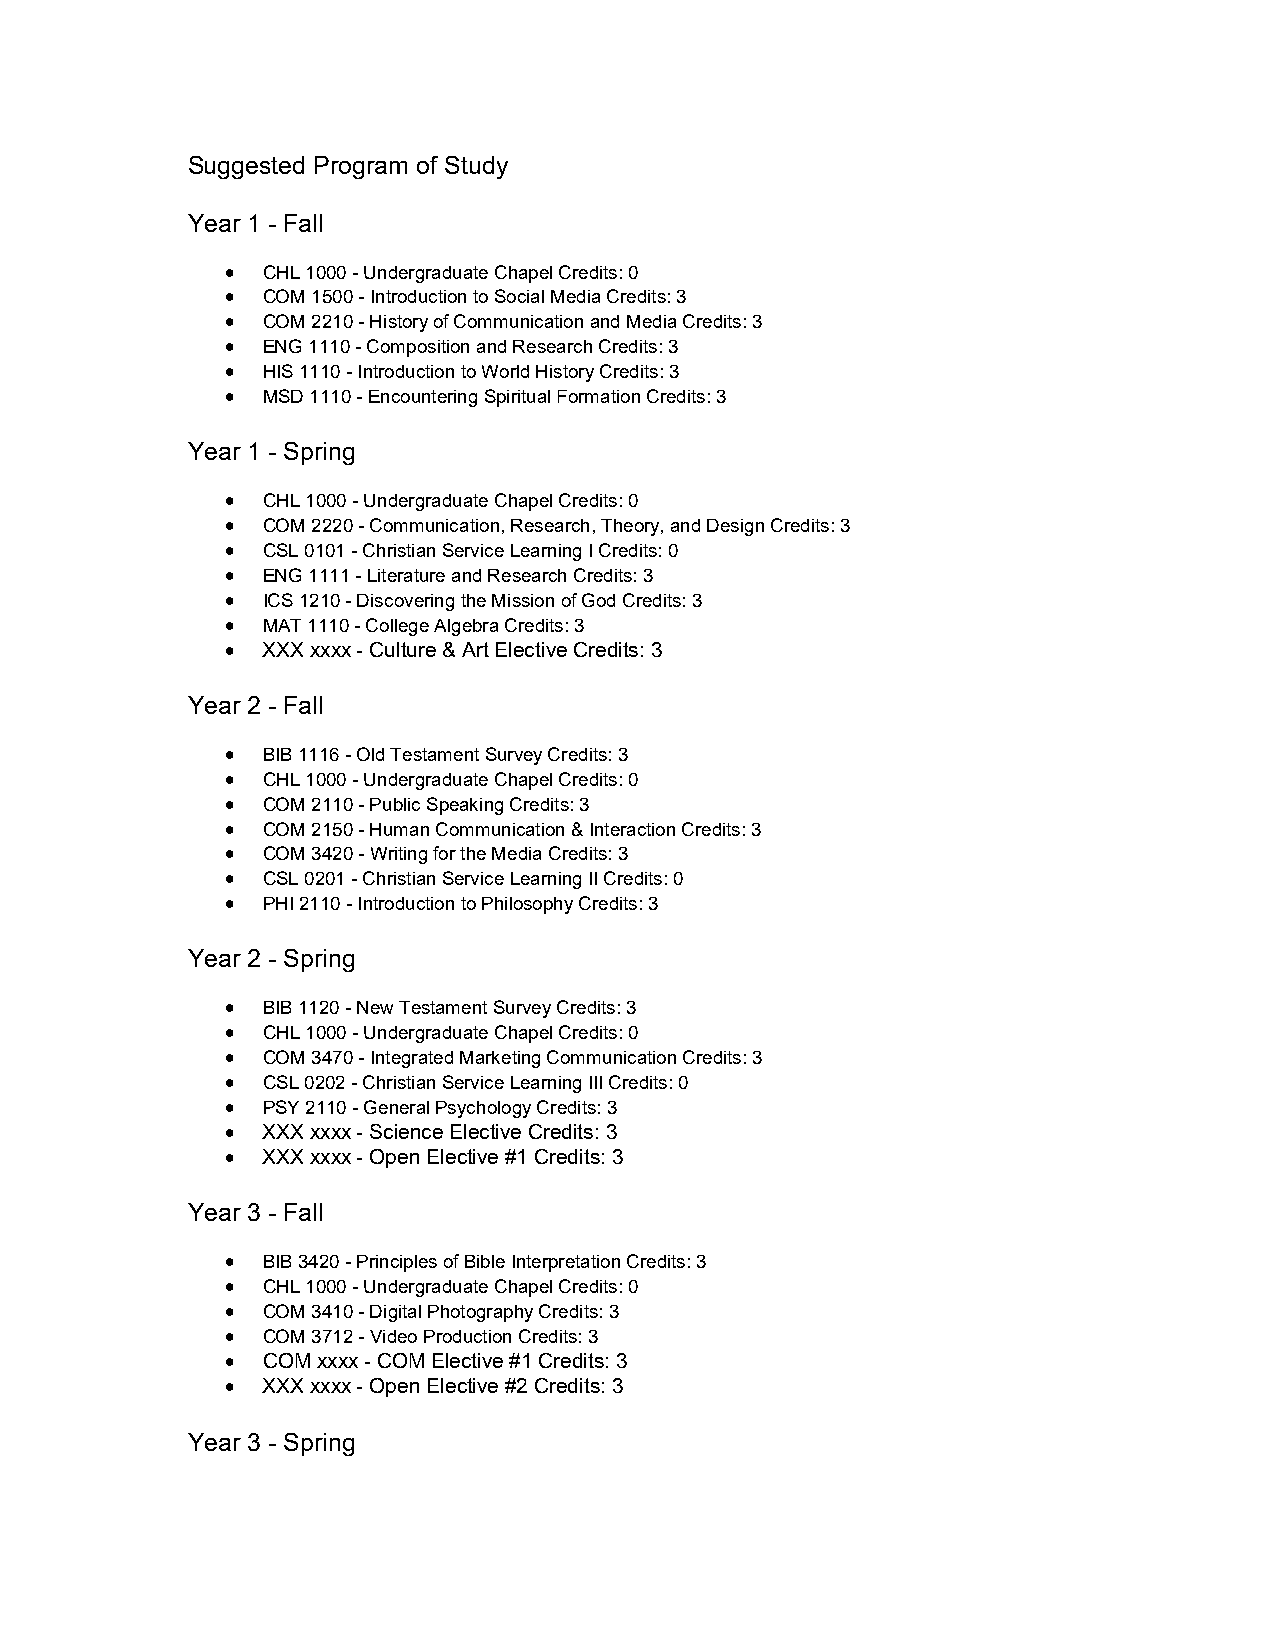
Suggested Program of Study
 Year 1 - Fall
  CHL 1000 - Undergraduate Chapel Credits: 0
  COM 1500 - Introduction to Social Media Credits: 3
  COM 2210 - History of Communication and Media Credits: 3
  ENG 1110 - Composition and Research Credits: 3
  HIS 1110 - Introduction to World History Credits: 3
  MSD 1110 - Encountering Spiritual Formation Credits: 3
 Year 1 - Spring
  CHL 1000 - Undergraduate Chapel Credits: 0
  COM 2220 - Communication, Research, Theory, and Design Credits: 3
  CSL 0101 - Christian Service Learning I Credits: 0
  ENG 1111 - Literature and Research Credits: 3
  ICS 1210 - Discovering the Mission of God Credits: 3
  MAT 1110 - College Algebra Credits: 3
  XXX xxxx - Culture & Art Elective Credits: 3
 Year 2 - Fall
  BIB 1116 - Old Testament Survey Credits: 3
  CHL 1000 - Undergraduate Chapel Credits: 0
  COM 2110 - Public Speaking Credits: 3
  COM 2150 - Human Communication & Interaction Credits: 3
  COM 3420 - Writing for the Media Credits: 3
  CSL 0201 - Christian Service Learning II Credits: 0
  PHI 2110 - Introduction to Philosophy Credits: 3
 Year 2 - Spring
  BIB 1120 - New Testament Survey Credits: 3
  CHL 1000 - Undergraduate Chapel Credits: 0
  COM 3470 - Integrated Marketing Communication Credits: 3
  CSL 0202 - Christian Service Learning III Credits: 0
  PSY 2110 - General Psychology Credits: 3
  XXX xxxx - Science Elective Credits: 3
  XXX xxxx - Open Elective #1 Credits: 3
 Year 3 - Fall
  BIB 3420 - Principles of Bible Interpretation Credits: 3
  CHL 1000 - Undergraduate Chapel Credits: 0
  COM 3410 - Digital Photography Credits: 3
  COM 3712 - Video Production Credits: 3
  COM xxxx - COM Elective #1 Credits: 3
  XXX xxxx - Open Elective #2 Credits: 3
 Year 3 - Spring